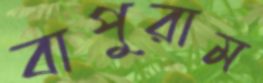
বাপুরাম